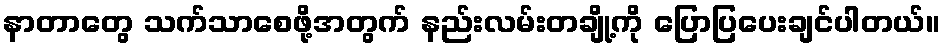
နာတာတွေ သက်သာစေဖို့အတွက် နည်းလမ်းတချို့ကို ပြောပြပေးချင်ပါတယ်။